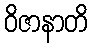
ဝိဇာနာတိ